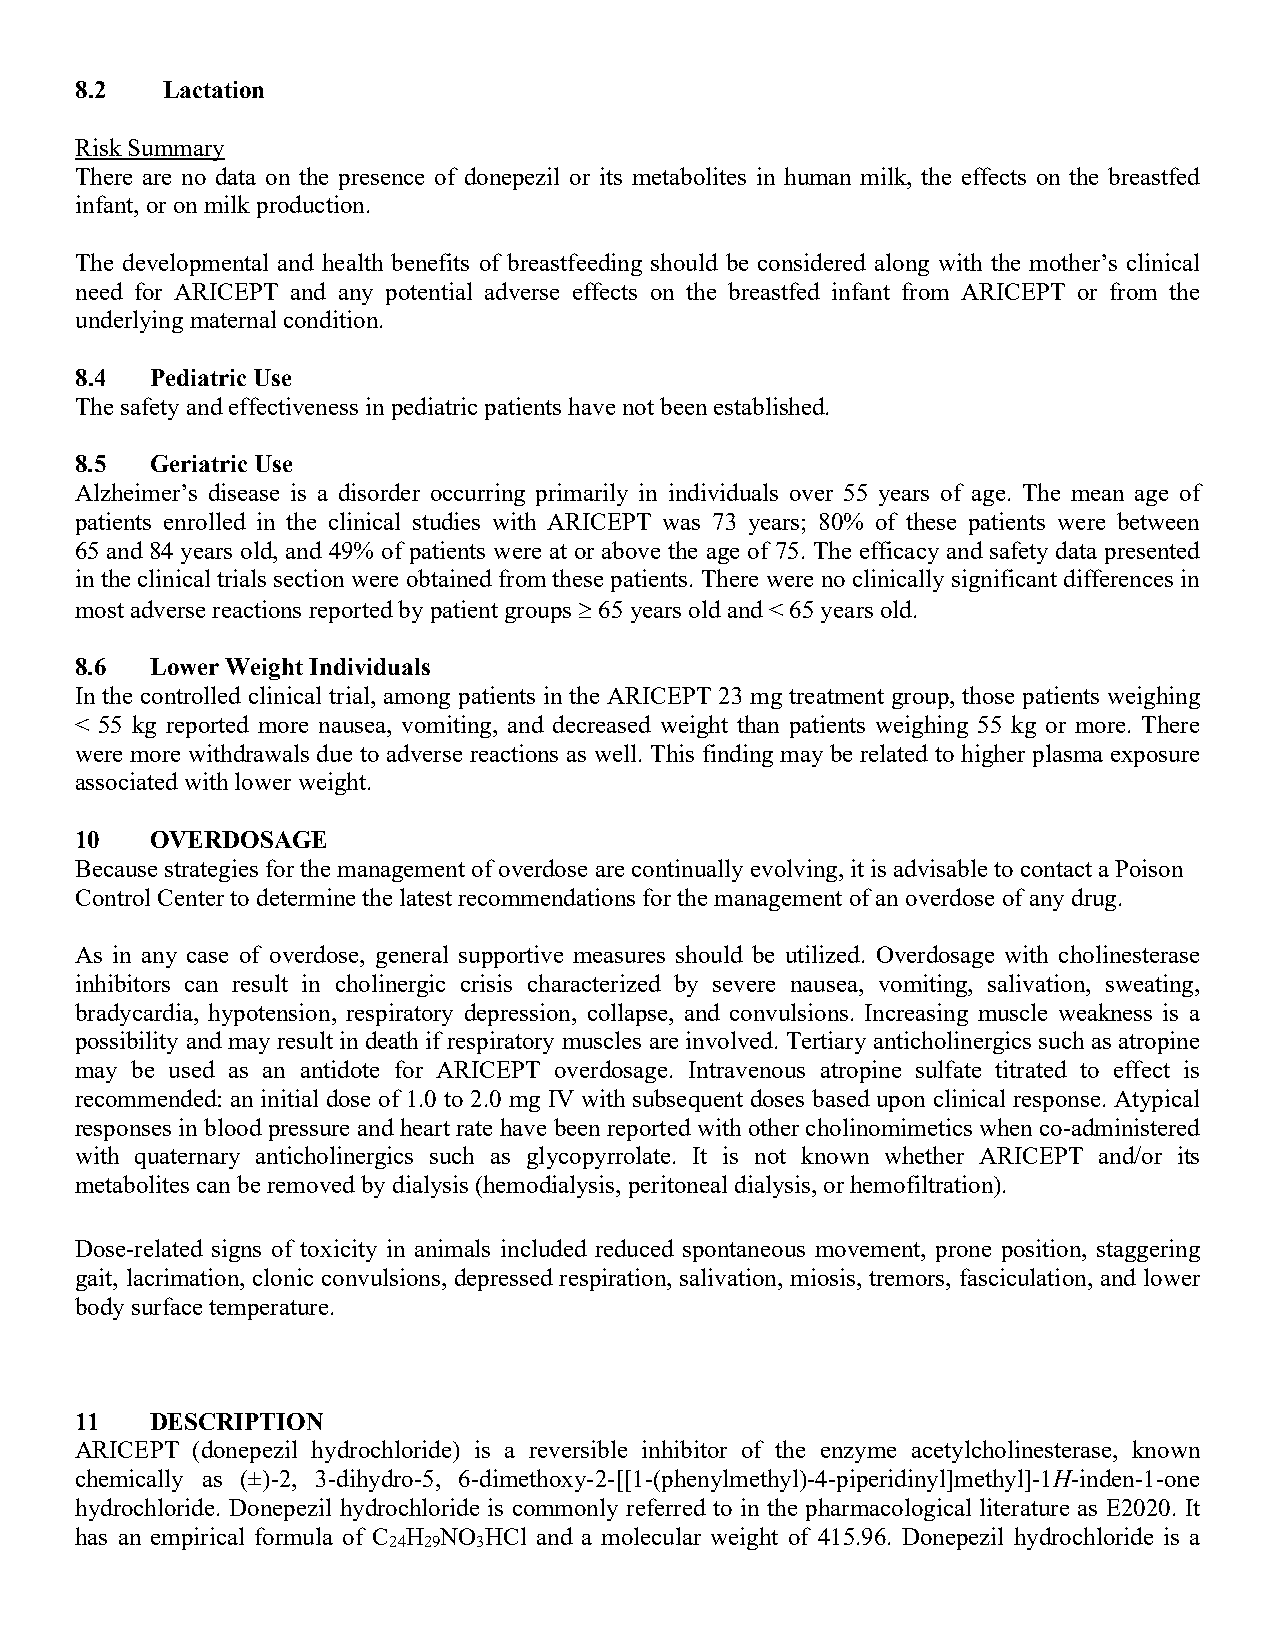
8.2   Lactation
 Risk Summary
 There are no data on the presence of donepezil or its metabolites in human milk, the effects on the breastfed
 infant, or on milk production.
 The developmental and health benefits of breastfeeding should be considered along with the mother’s clinical
 need for ARICEPT and any potential adverse effects on the breastfed infant from ARICEPT or from the
 underlying maternal condition.
 8.4  Pediatric Use
 The safety and effectiveness in pediatric patients have not been established.
 8.5  Geriatric Use
 Alzheimer’s disease is a disorder occurring primarily in individuals over 55 years of age. The mean age of
 patients enrolled in the clinical studies with ARICEPT was 73 years; 80% of these patients were between
 65 and 84 years old, and 49% of patients were at or above the age of 75. The efficacy and safety data presented
 in the clinical trials section were obtained from these patients. There were no clinically significant differences in
 most adverse reactions reported by patient groups ≥ 65 years old and < 65 years old.
 8.6  Lower Weight Individuals
 In the controlled clinical trial, among patients in the ARICEPT 23 mg treatment group, those patients weighing
 < 55 kg reported more nausea, vomiting, and decreased weight than patients weighing 55 kg or more. There
 were more withdrawals due to adverse reactions as well. This finding may be related to higher plasma exposure
 associated with lower weight.
 10   OVERDOSAGE
 Because strategies for the management of overdose are continually evolving, it is advisable to contact a Poison
 Control Center to determine the latest recommendations for the management of an overdose of any drug.
 As in any case of overdose, general supportive measures should be utilized. Overdosage with cholinesterase
 inhibitors can result in cholinergic crisis characterized by severe nausea, vomiting, salivation, sweating,
 bradycardia, hypotension, respiratory depression, collapse, and convulsions. Increasing muscle weakness is a
 possibility and may result in death if respiratory muscles are involved. Tertiary anticholinergics such as atropine
 may be used as an antidote for ARICEPT overdosage. Intravenous atropine sulfate titrated to effect is
 recommended: an initial dose of 1.0 to 2.0 mg IV with subsequent doses based upon clinical response. Atypical
 responses in blood pressure and heart rate have been reported with other cholinomimetics when co-administered
 with quaternary anticholinergics such as glycopyrrolate. It is not known whether ARICEPT and/or its
 metabolites can be removed by dialysis (hemodialysis, peritoneal dialysis, or hemofiltration).
 Dose-related signs of toxicity in animals included reduced spontaneous movement, prone position, staggering
 gait, lacrimation, clonic convulsions, depressed respiration, salivation, miosis, tremors, fasciculation, and lower
 body surface temperature.
 11   DESCRIPTION
 ARICEPT (donepezil hydrochloride) is a reversible inhibitor of the enzyme acetylcholinesterase, known
 chemically as (±)-2, 3-dihydro-5, 6-dimethoxy-2-[[1-(phenylmethyl)-4-piperidinyl]methyl]-1H-inden-1-one
 hydrochloride. Donepezil hydrochloride is commonly referred to in the pharmacological literature as E2020. It
 has an empirical formula of C H NO HCl and a molecular weight of 415.96. Donepezil hydrochloride is a
 24 29 3